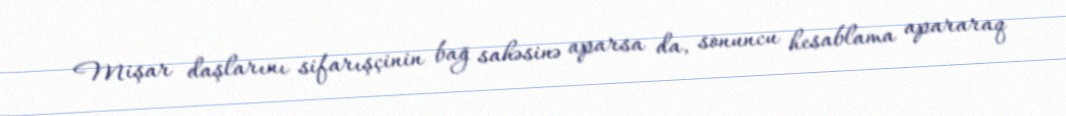
Mişar daşlarını sifarışçinin bağ sahəsinə aparsa da, sonuncu hesablama apararaq